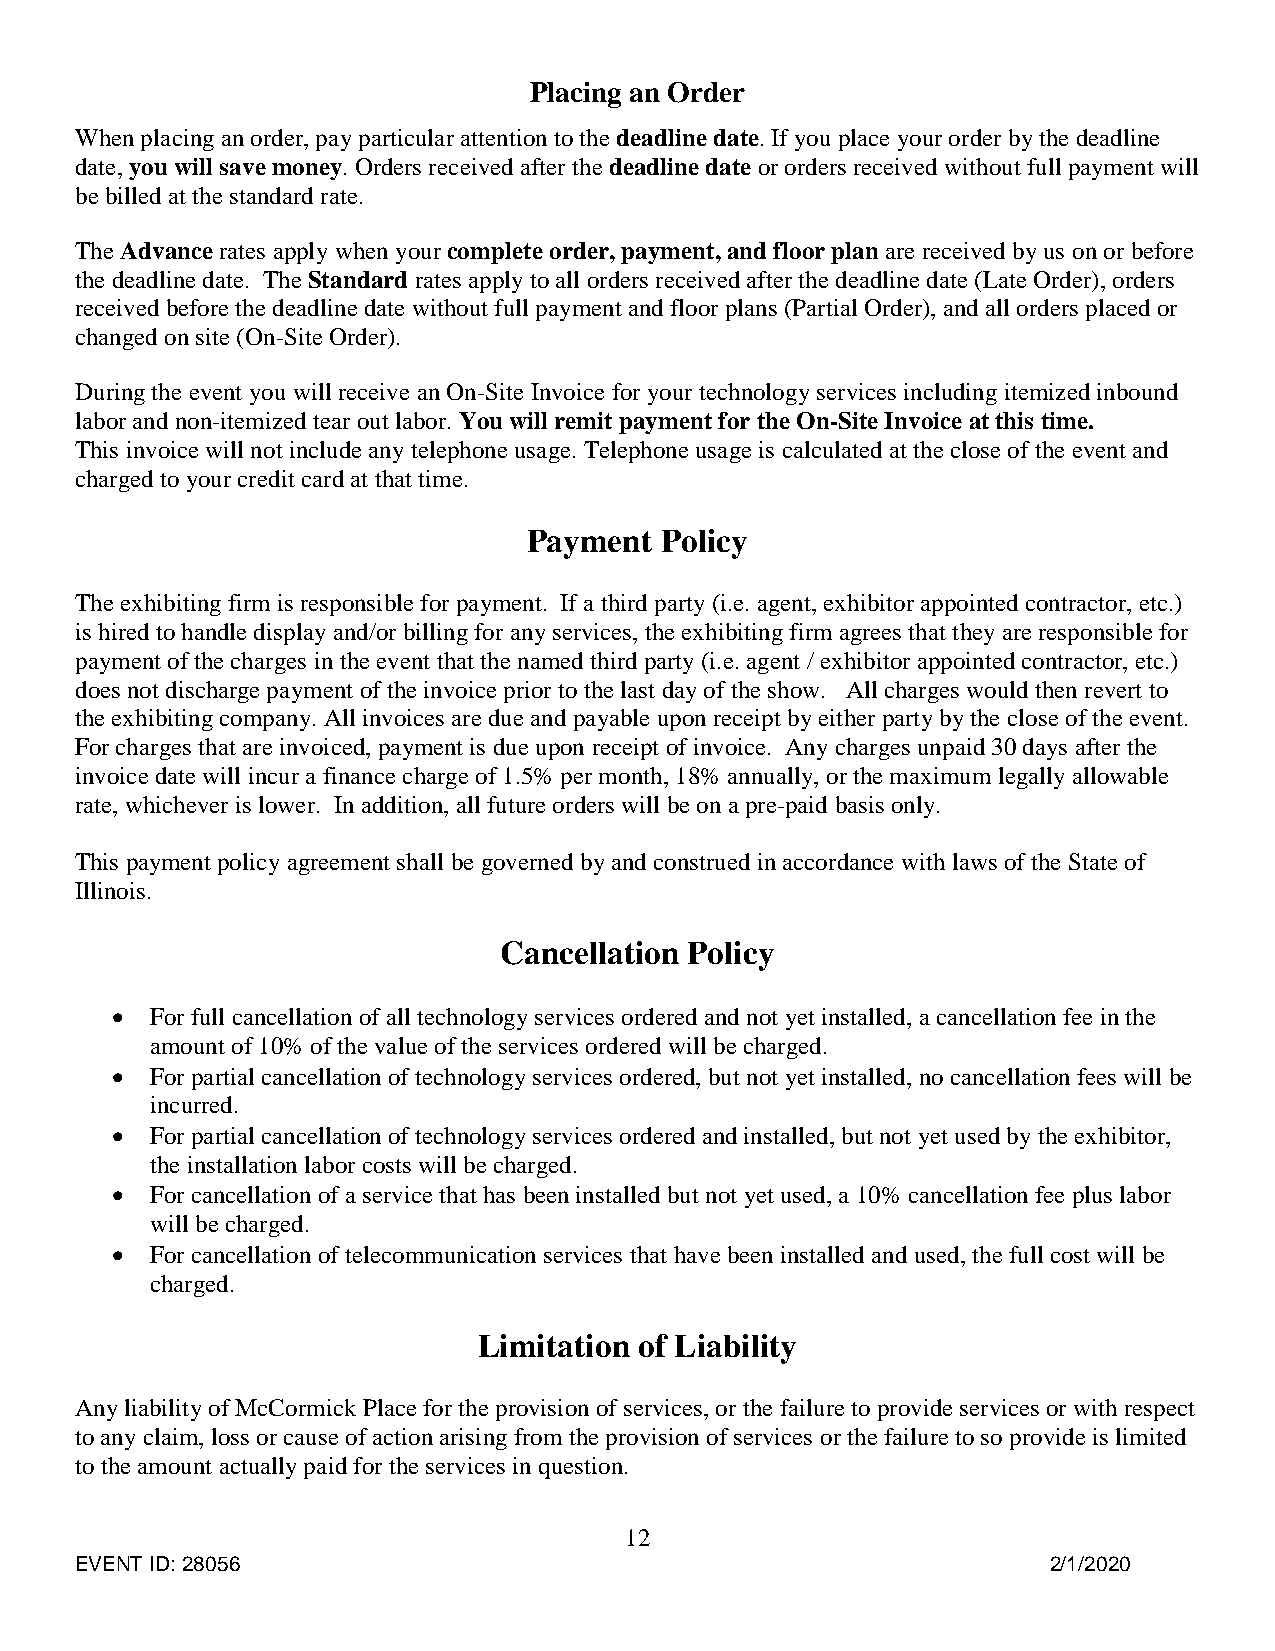
Placing an Order
 When placing an order, pay particular attention to the deadline date. If you place your order by the deadline
 date, you will save money. Orders received after the deadline date or orders received without full payment will
 be billed at the standard rate.
 The Advance rates apply when your complete order, payment, and floor plan are received by us on or before
 the deadline date. The Standard rates apply to all orders received after the deadline date (Late Order), orders
 received before the deadline date without full payment and floor plans (Partial Order), and all orders placed or
 changed on site (On-Site Order).
 During the event you will receive an On-Site Invoice for your technology services including itemized inbound
 labor and non-itemized tear out labor. You will remit payment for the On-Site Invoice at this time.
 This invoice will not include any telephone usage. Telephone usage is calculated at the close of the event and
 charged to your credit card at that time.
 Payment  Policy
 The exhibiting firm is responsible for payment. If a third party (i.e. agent, exhibitor appointed contractor, etc.)
 is hired to handle display and/or billing for any services, the exhibiting firm agrees that they are responsible for
 payment of the charges in the event that the named third party (i.e. agent / exhibitor appointed contractor, etc.)
 does not discharge payment of the invoice prior to the last day of the show. All charges would then revert to
 the exhibiting company. All invoices are due and payable upon receipt by either party by the close of the event.
 For charges that are invoiced, payment is due upon receipt of invoice. Any charges unpaid 30 days after the
 invoice date will incur a finance charge of 1.5% per month, 18% annually, or the maximum legally allowable
 rate, whichever is lower. In addition, all future orders will be on a pre-paid basis only.
 This payment policy agreement shall be governed by and construed in accordance with laws of the State of
 Illinois.
 Cancellation Policy
   For full cancellation of all technology services ordered and not yet installed, a cancellation fee in the
 amount of 10% of the value of the services ordered will be charged.
   For partial cancellation of technology services ordered, but not yet installed, no cancellation fees will be
 incurred.
   For partial cancellation of technology services ordered and installed, but not yet used by the exhibitor,
 the installation labor costs will be charged.
   For cancellation of a service that has been installed but not yet used, a 10% cancellation fee plus labor
 will be charged.
   For cancellation of telecommunication services that have been installed and used, the full cost will be
 charged.
 Limitation of Liability
 Any liability of McCormick Place for the provision of services, or the failure to provide services or with respect
 to any claim, loss or cause of action arising from the provision of services or the failure to so provide is limited
 to the amount actually paid for the services in question.
 12
 EVENT ID: 28056                                                  2/1/2020